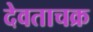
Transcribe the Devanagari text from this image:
देवताचक्र